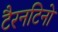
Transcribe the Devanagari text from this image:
टैरनटिनो